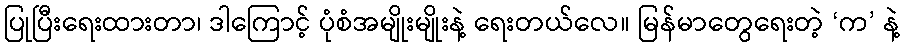
ပြုပြီးရေးထားတာ၊ ဒါကြောင့် ပုံစံအမျိုးမျိုးနဲ့ ရေးတယ်လေ။ မြန်မာတွေရေးတဲ့ ‘က’ နဲ့